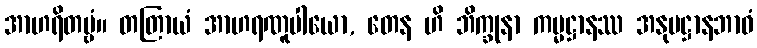
အာဟရိတဗ္ဗံ။ တတြာယံ အာဟရဏူပါယော, တေန ဟိ ဘိက္ခုနာ ကမ္မဋ္ဌာနဿ အနုပဋ္ဌာနဘာဝံ